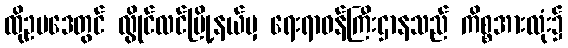
ထိုဥပဒေတွင် လွိုင်လင်မြို့နယ်မှ ရေးရာဝန်ကြီးဌာနသည် ကိစ္စအားလုံး၌